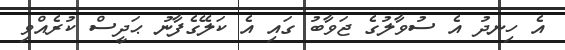
އެ ހިނދު އެ ސުވާލުގެ ޖަވާބު ގައި އެ ކަލޭގެފާނު ޙަދީސް ކުރެއްވި